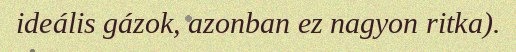
ideális gázok, azonban ez nagyon ritka).